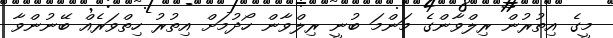
މީގެ އިތުރުން ރިލްވާންގެ މަންމަ ބުނީ ރިލްވާން ހޯދުމަށް އިތުރު ހިތްވަރެއް ބޭނުންވާ